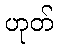
ဟုတ်